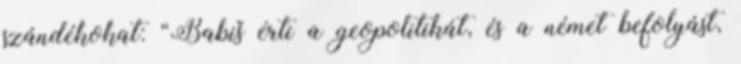
szándékokat: “Babiš érti a geopolitikát, és a német befolyást,